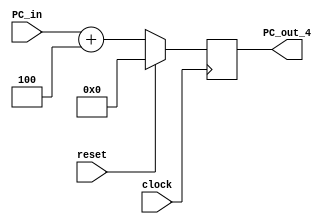
module adder4_1 (reset, clock, PC_in, PC_out_4);

input reset, clock; 
input [31:0] PC_in; 

output reg [31:0] PC_out_4;

always @ (posedge clock) begin

if (reset) 
PC_out_4 = 32'd0;

else 
PC_out_4 = PC_in + 32'd4; 
end
endmodule